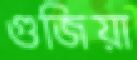
গুজিয়া